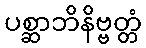
ပစ္ဆာဘိနိဗ္ဗတ္တံ